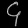
Digit: ၄